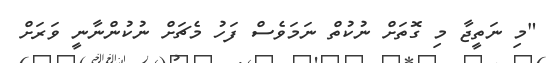
"މި ނަތީޖާ މި ގޮތަށް ނުކުތް ނަމަވެސް ފަހު މެޗަށް ނުކުންނާނީ ވަރަށް